Kaarli_hariduselts_Sade, lk 5
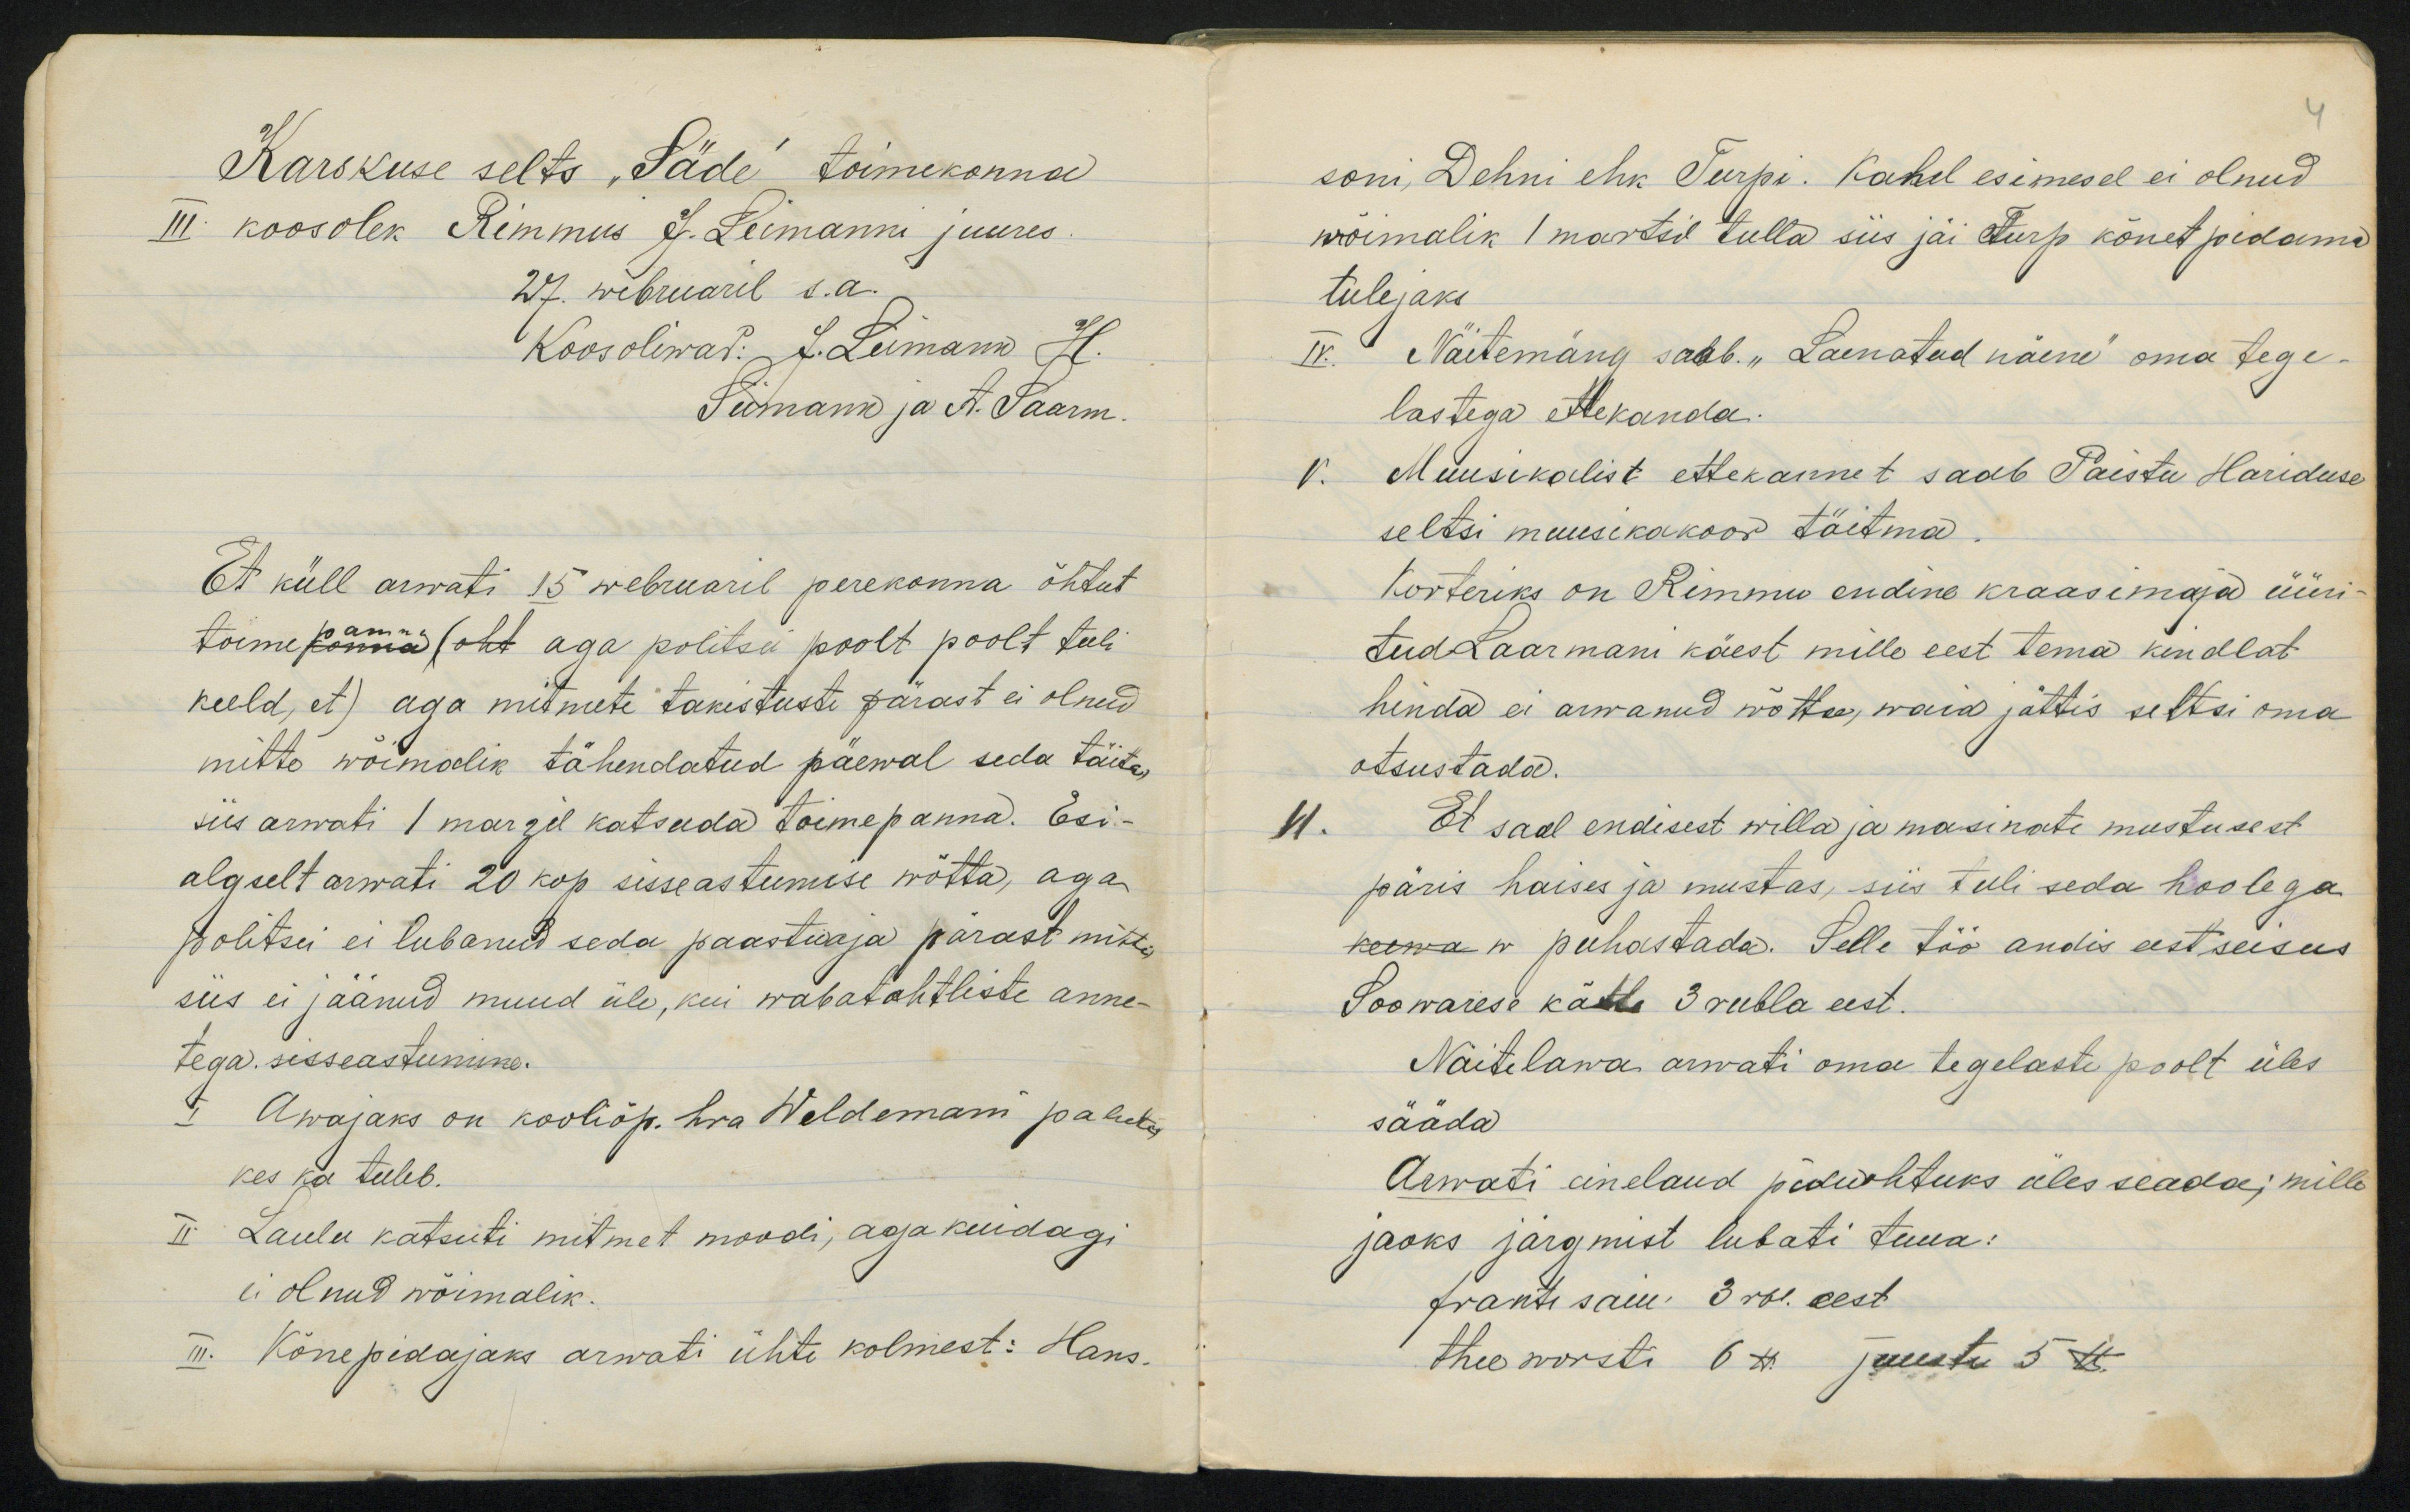
Rarokuse selts "Säde" toimekonnadIII koosolek Rimmus J. Leimanni juures27. wibruaril s.a.Et küll arwati 15 webruaril perekonna õhtuttoimepõnna (oht aga politsei poolt poolt tuelikeeld, et) aga mitmete takistuste pärast ei olnudmitte wõimalik tähendatud paewal seda täita,siis arwati 1 margil katsuda toimepanna. Esi-algselt arwati 10 kop sisseastumise wõtta, agaJolitsei ei lubanud seda paastuaja pärast mistssiis ei jaänud muud üle, kui wabatahtleste anne-tega sisseastunune.Awajaks on kooliõp. hra Weldeman palutskes ja tuleb.Laulu katsuti mitmet moodi, agakuidagiei olnud wõimalik.Kõnepidajaks arwati ühte kolmest: Hans-

soni, Dehni ehk Turpi. Kahel esimesel ei olnudwõimalik 1 martsil tulla siis jäi turp kõnet pidamatulejaksNäitemäng saab. "Laenatud näeni" oma tege-lastega ettekanda.v. Müüsikalist ettekannet saab Paistu Hariduseseltsi muusikakoor täitmaKorteriks on Rimmu endine kraasimaja üüri-tudaaarmani käest mille eest tema kendlathinda ei arwanud wõttee, waia jättis seltsi omaotsustadad.Et saal endisest willa ja masinate mustusestpäris haises ja mustas, siis tuli seda hoolegakeowa w puhastada. Selle töö andis eest seisusSoowarese kätte 3 rubla eest.Näitelawa arwati oma tegelaste poolt ülessäädaArwati einelaud jõiduohtuks üles seada; millejaoks järgmist lubati tuua:fransi sam. 3 rol. eest